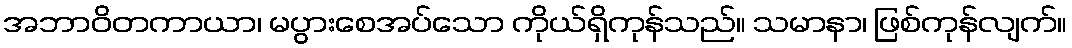
အဘာဝိတကာယာ၊ မပွားစေအပ်သော ကိုယ်ရှိကုန်သည်။ သမာနာ၊ ဖြစ်ကုန်လျက်။